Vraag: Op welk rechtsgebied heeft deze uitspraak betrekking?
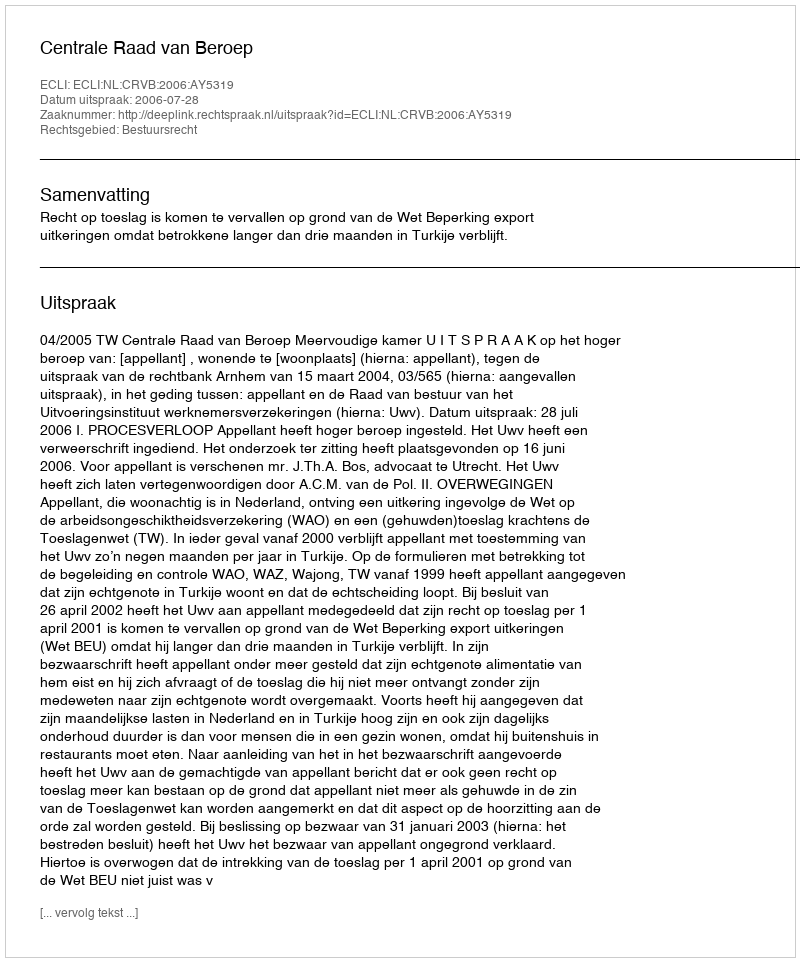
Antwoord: Bestuursrecht